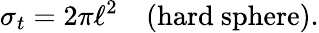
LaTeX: \sigma_{t}=2\pi\ell^{2}\quad\textrm{(hard~sphere)}.